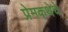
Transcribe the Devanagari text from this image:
प्रेमकथेचे